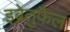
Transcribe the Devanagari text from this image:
इब्नेतुफैल